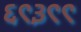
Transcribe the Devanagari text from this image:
६९३९९